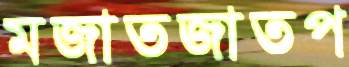
মজাতজাতপ